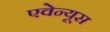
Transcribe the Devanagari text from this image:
एवेन्यूस